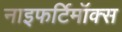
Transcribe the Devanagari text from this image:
नाइफर्टिमॉक्स